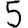
Digit: 5